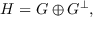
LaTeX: H = G \oplus G ^ { \perp } ,